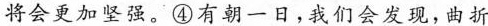
将会更加坚强。④有朝一日，我们会发现，曲折